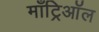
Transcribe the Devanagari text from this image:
माँट्रिऑल